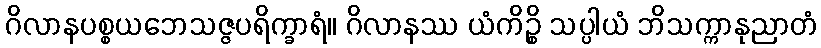
ဂိလာနပစ္စယဘေသဇ္ဇပရိက္ခာရံ။ ဂိလာနဿ ယံကိဉ္စိ သပ္ပါယံ ဘိသက္ကာနုညာတံ